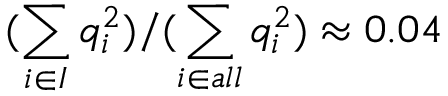
( \sum _ { i \in I } q _ { i } ^ { 2 } ) / ( \sum _ { i \in a l l } q _ { i } ^ { 2 } ) \approx 0 . 0 4